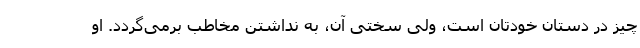
چیز در دستان خودتان است، ولی سختی آن، به نداشتن مخاطب برمی‌گردد. او